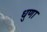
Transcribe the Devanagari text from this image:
धुणा